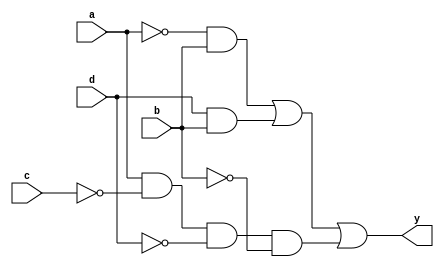
module clb_bg(
	input a,
	input b,
	input c,
	input d,
	output y
);

	wire f;
	
	assign f = ~a & b | d & b | a & ~c & ~d & ~b;
	assign y = f;
	
endmodule